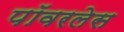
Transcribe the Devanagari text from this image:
पॉवरलेस